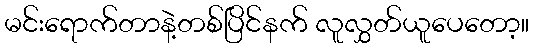
မင်းရောက်တာနဲ့တစ်ပြိင်နက် လူလွှတ်ယူပေတော့။